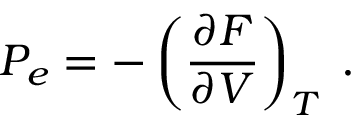
P _ { e } = - \left( \frac { \partial F } { \partial V } \right) _ { T } \; .